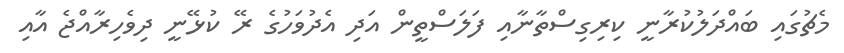
މެޗުގައި ބައްދަލުކުރާނީ ކިރިގިސްތާނާއި ފަލަސްތީން އަދި އެދުވަހުގެ ރޭ ކުޅޭނީ ދިވެހިރާއްޖެ އާއި